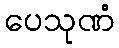
ပေသုဏံ